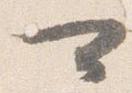
可